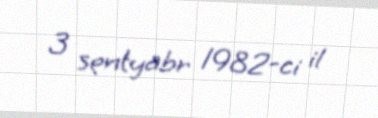
3 sentyabr 1982-ci il